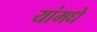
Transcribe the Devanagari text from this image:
यांमधे